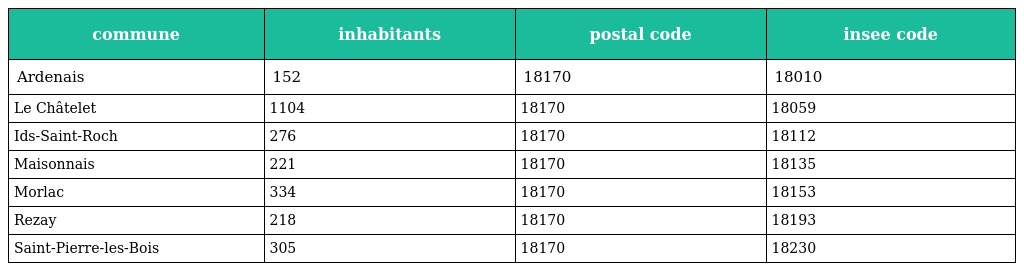
| commune | inhabitants | postal code | insee code |
 | --- | --- | --- | --- |
 | Ardenais | 152 | 18170 | 18010 |
 | Le Châtelet | 1104 | 18170 | 18059 |
 | Ids-Saint-Roch | 276 | 18170 | 18112 |
 | Maisonnais | 221 | 18170 | 18135 |
 | Morlac | 334 | 18170 | 18153 |
 | Rezay | 218 | 18170 | 18193 |
 | Saint-Pierre-les-Bois | 305 | 18170 | 18230 |